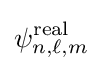
\psi _{n,\ell ,m}^{\text{real}}